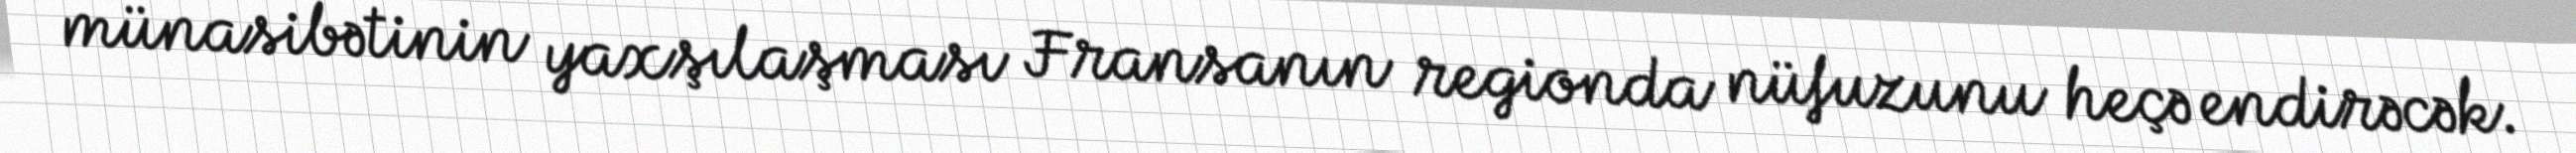
münasibətinin yaxşılaşması Fransanın regionda nüfuzunu heçə endirəcək.